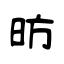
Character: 昉